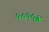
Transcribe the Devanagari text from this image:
५०५५४